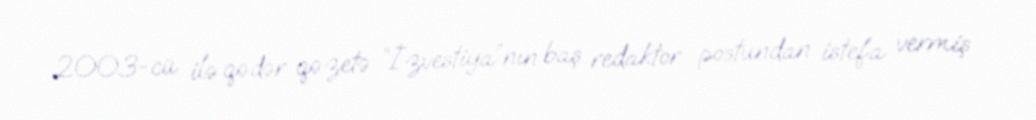
2003-cü ilə qədər qəzetə “İzvestiya”nın baş redaktor postundan istefa vermiş